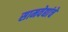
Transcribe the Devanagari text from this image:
सामवेद्यांचे